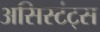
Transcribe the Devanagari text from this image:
असिस्टंट्स